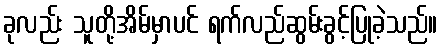
ခုလည်း သူတို့အိမ်မှာပင် ရက်လည်ဆွမ်းခွင့်ပြုခဲ့သည်။